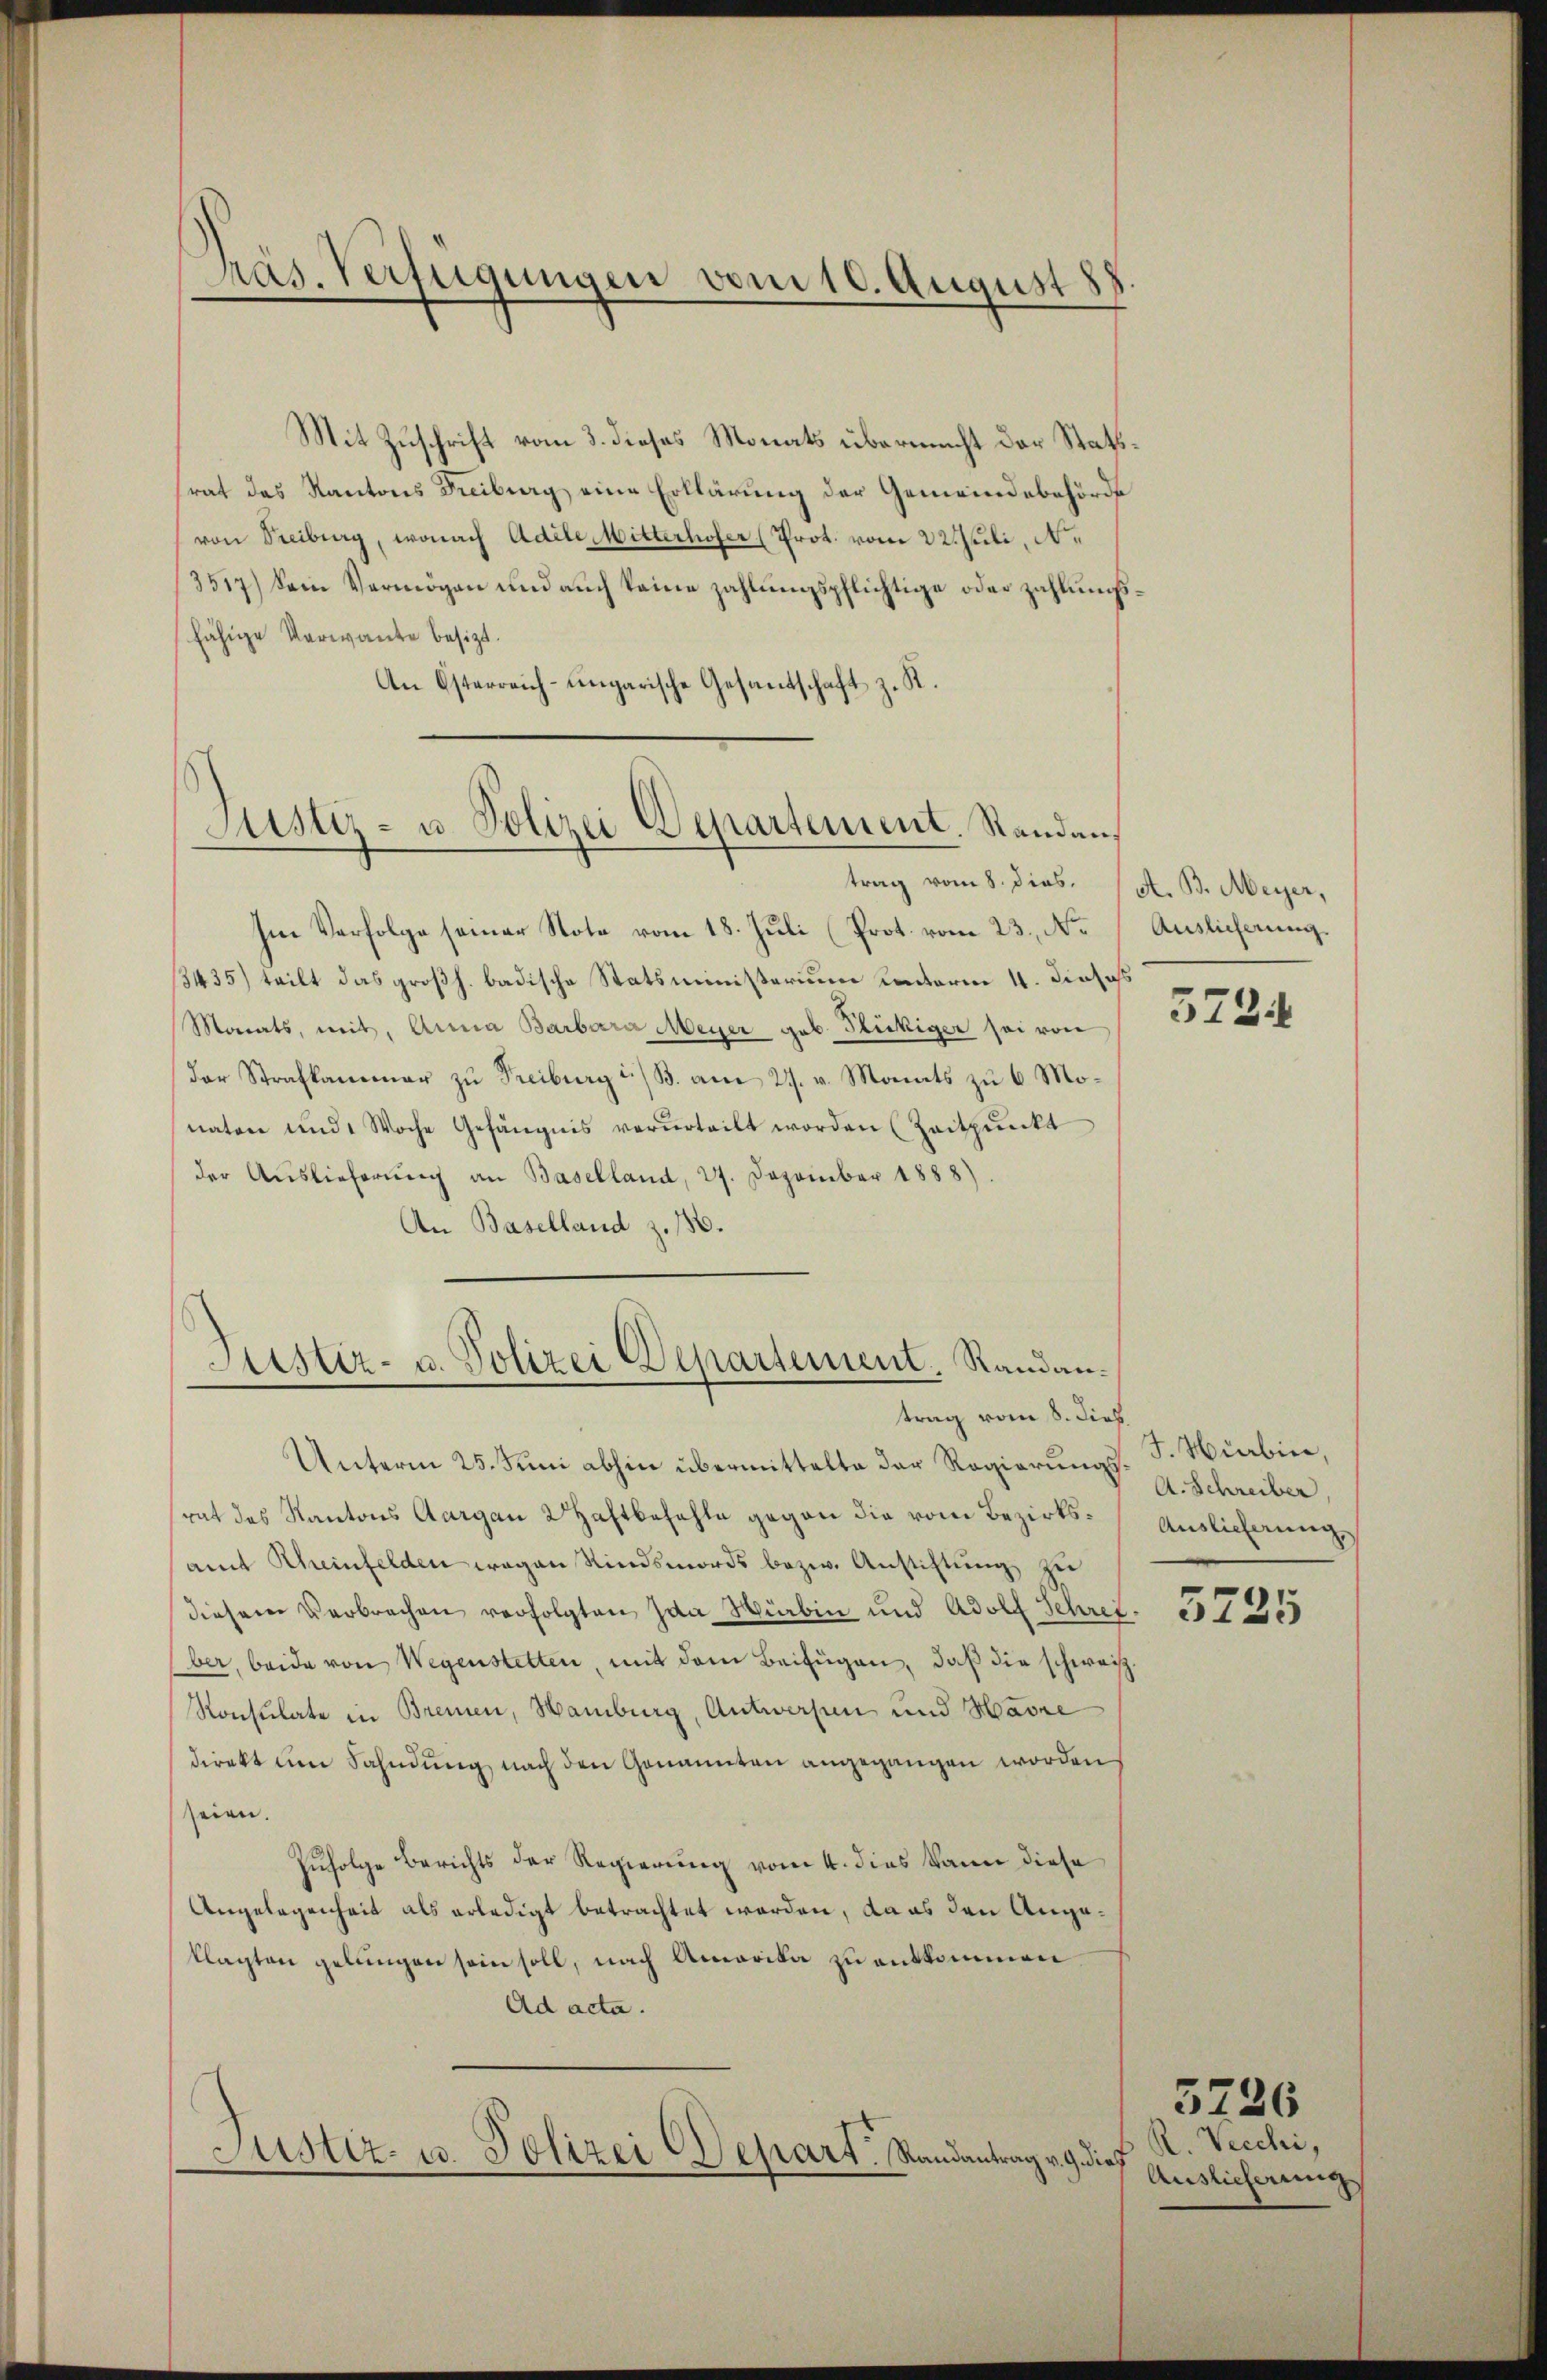
Präs. Verfügungen vom 10. August 188

Mit Zuschrift vom 3. dieses Monats übermacht der Stattrat das Kantons Freiburg eine Erklärung der Gemeindebehörde
von Freiburg, wonach Adele Mitterhofer (Prot. vom 22teli, Ne
3517) ein Vermögen und auch keine zahlungspflichtige oder zahlungsfähige Verwante besizt.
An Österreich-ungarische Gesandschaft z. R.

Justiz- u. Polizei Departement. Standan¬

trag vom 8. dies.
Im Verfolge seiner Note vom 18. Juli (Prot. vom 23. No.
3435) teilt das großh. badische Statsministerium unterm 4. Diesi
Morats, mit, Anna Barbara Meyer geb. Glückiger sei von
der Strafkammer zu Freiburg i. B. am 27. v. Monats zu 6 Monaten und 1 Woche Gefängnis verurteilt worden (Zeitpunkt
der Auslieferung an Baselland, 27. Dezember 1888)
An Baselland z. 188.

Justiz- u. Polizei Departement. Standantrag vom 8. Dieb.

A. B. Meyer,
Auslieferung.
s

Unterm 25. Juni abhin übermittelte der Regierungs-F. Hieben,
rat des Kantons Aargau 2 Haftbefehle gegen die vom Bezirksamt Rheinfelden wegen Kindsmords bezw. Anstiftung zu
diesem Verbrechen verfolgten Ida Würbin und Adolf Schret. 57355
ber, beide von Wegenstetten, mit dem Beifügen, daß die schweis¬
Konsulate in Bremen, Hamburg, Antwerfen und Havre
direkt am Sahndung nach den Genannten angegangen worden
seien.
Zufolge Berichts der Regierung vom 4. dies kann diese
Angelegenheit als erledigt betrachtet worden, da es den Angaklagten gelungen sein soll, nach Amerika zu entkommen
Ad acta.
Justiz- u. Polizei Depart. Randantrag v. 9. dies

572.

A. Schreiber,
Auslieferung

R. Vecchi,
Auslieferung

5226